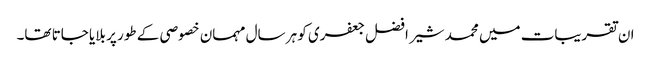
ان تقریبات میں محمد شیر افضل جعفری کو ہر سال مہمان خصوصی کے طور پر بلایا جاتا تھا۔